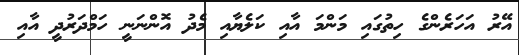
އޭރު އަހަރެންގެ ހިތުގައި މަންމަ އާއި ކަލެޔާއި މެދު އޮންނަނީ ހަމްދަރުދީ އާއި